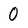
Character: 0